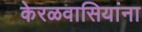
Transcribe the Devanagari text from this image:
केरळवासियांना